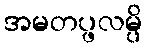
အမတပ္ဖလမ္ပိ